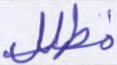
مظلل